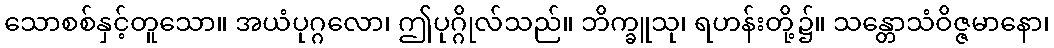
သောစစ်နှင့်တူသော။ အယံပုဂ္ဂလော၊ ဤပုဂ္ဂိုလ်သည်။ ဘိက္ခူသု၊ ရဟန်းတို့၌။ သန္တောသံဝိဇ္ဇမာနော၊